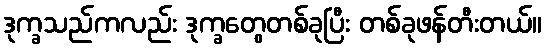
ဒုက္ခသည်ကလည်း ဒုက္ခတွေတစ်ခုပြီး တစ်ခုဖန်တီးတယ်။